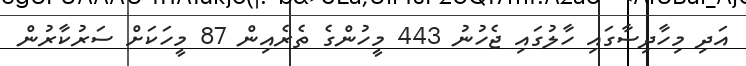
އަދި މިހާދިސާގައި ހާލުގައި ޖެހުނު 443 މީހުންގެ ތެރެއިން 87 މީހަކަށް ސަރުކާރުން